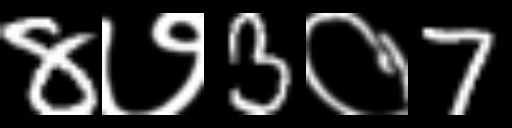
Text: 8७3०7